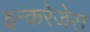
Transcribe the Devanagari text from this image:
इन्करेजेस